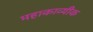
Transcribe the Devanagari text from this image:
महाकाव्यीक